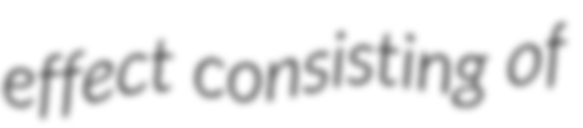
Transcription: effect consisting of